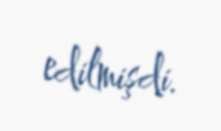
edilmişdi.